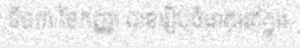
ទី០៣ ខែកញ្ញា បានរៀបចំធាតុនៅក្នុង